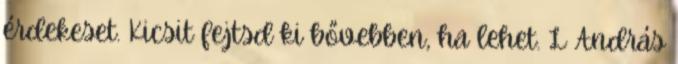
érdekeset. Kicsit fejtsd ki bővebben, ha lehet. L András